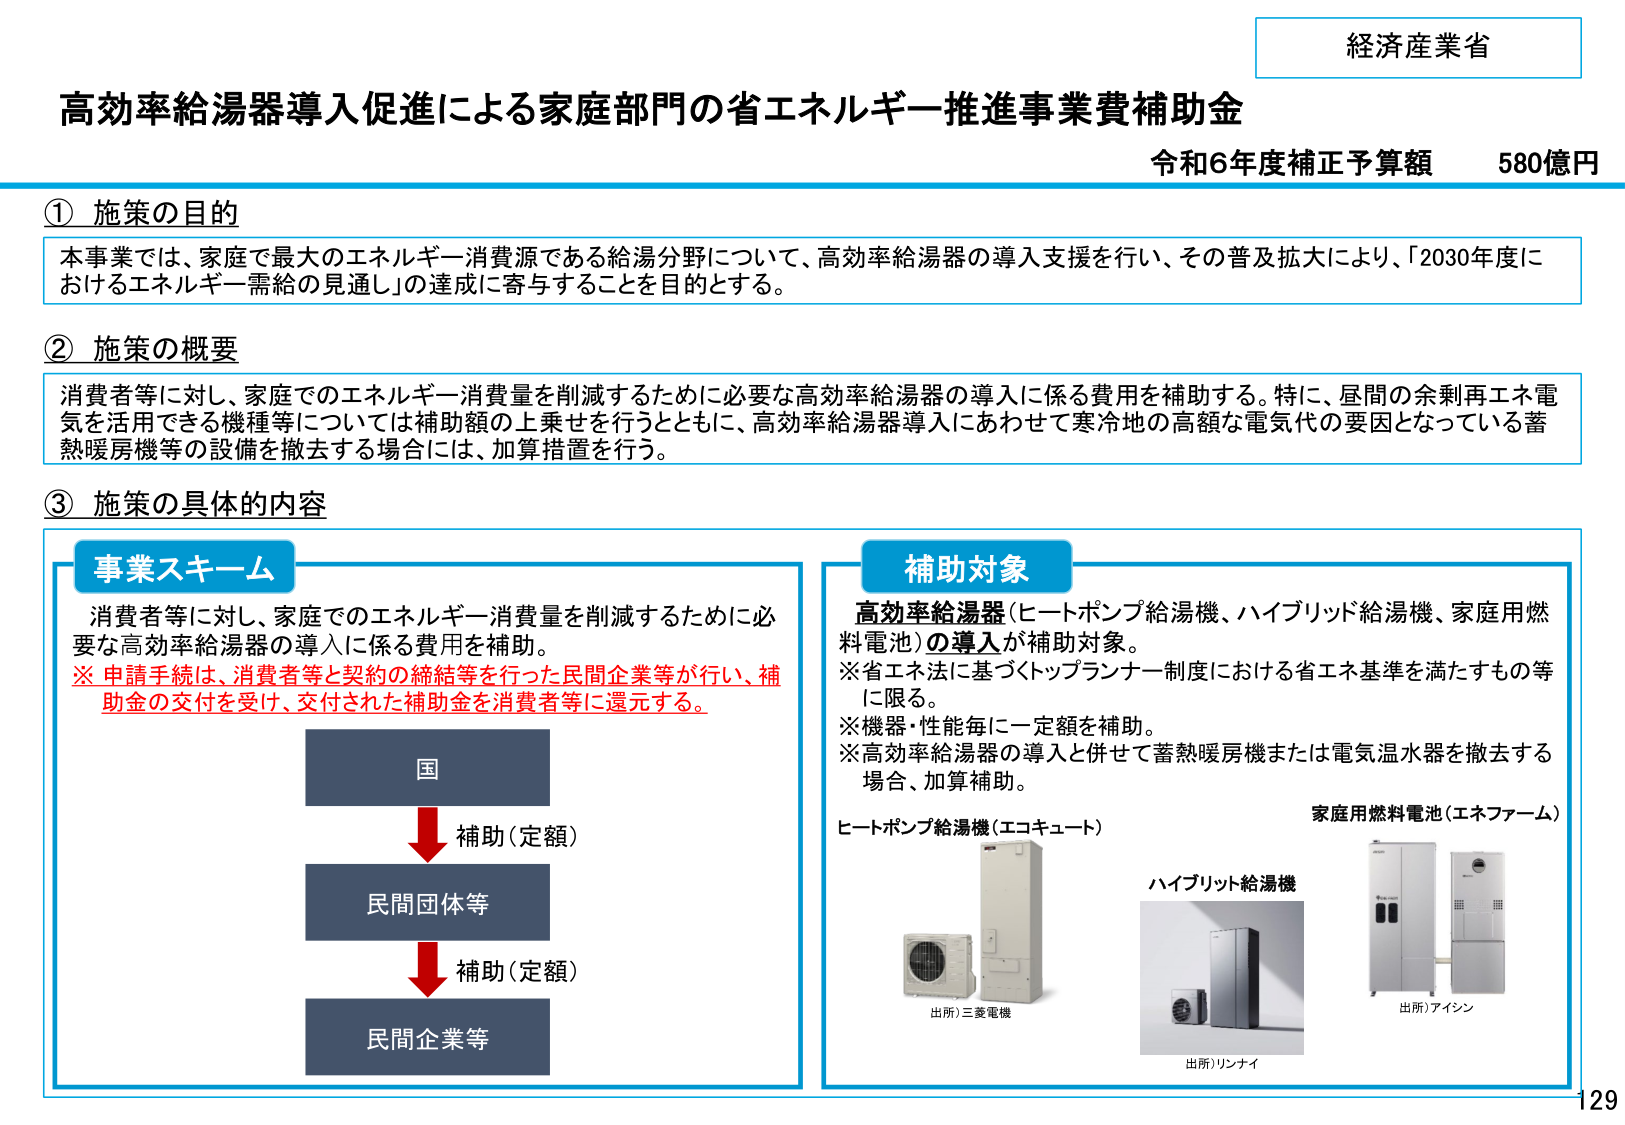
経済産業省
高効率給湯器導入促進による家庭部門の省エネルギー推進事業費補助金
令和6年度補正予算額　580億円

① 施策の目的
本事業では、家庭で最大のエネルギー消費源である給湯分野について、高効率給湯器の導入支援を行い、その普及拡大により、「2030年度におけるエネルギー需給の見通し」の達成に寄与することを目的とする。

② 施策の概要
消費者等に対し、家庭でのエネルギー消費量を削減するために必要な高効率給湯器の導入に係る費用を補助する。特に、昼間の余剰再エネ電気を活用できる機種等については補助額の上乗せを行うとともに、高効率給湯器導入にあわせて寒冷地の高額な電気代の要因となっている蓄熱暖房機等の設備を撤去する場合には、加算措置を行う。

③ 施策の具体的内容

事業スキーム
消費者等に対し、家庭でのエネルギー消費量を削減するために必要な高効率給湯器の導入に係る費用を補助。
※申請手続は、消費者等と契約の締結等を行った民間企業等が行い、補助金の交付を受け、交付された補助金を消費者等に還元する。

国
↓ 補助（定額）
民間団体等
↓ 補助（定額）
民間企業等

補助対象
高効率給湯器（ヒートポンプ給湯機、ハイブリッド給湯機、家庭用燃料電池）の導入が補助対象。
※省エネ法に基づくトップランナー制度における省エネ基準を満たすもの等に限る。
※機器・性能毎に一定額を補助。
※高効率給湯器の導入と併せて蓄熱暖房機または電気温水器を撤去する場合、加算補助。

ヒートポンプ給湯機（エコキュート）
出所）三菱電機

ハイブリッド給湯機
出所）リンナイ

家庭用燃料電池（エネファーム）
出所）アイシン

129